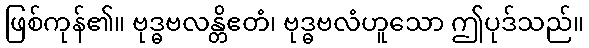
ဖြစ်ကုန်၏။ ဗုဒ္ဓဗလန္တိဧတံ၊ ဗုဒ္ဓဗလံဟူသော ဤပုဒ်သည်။